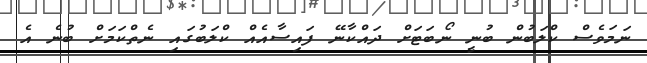
ނަމަވެސް ކްލަބުން ބުނީ ނޯބަޓަށް ދައްކާނޭ ފައިސާއެއް ކްލަބުގައި ނެތްކަމަށް ބުނެ އެ